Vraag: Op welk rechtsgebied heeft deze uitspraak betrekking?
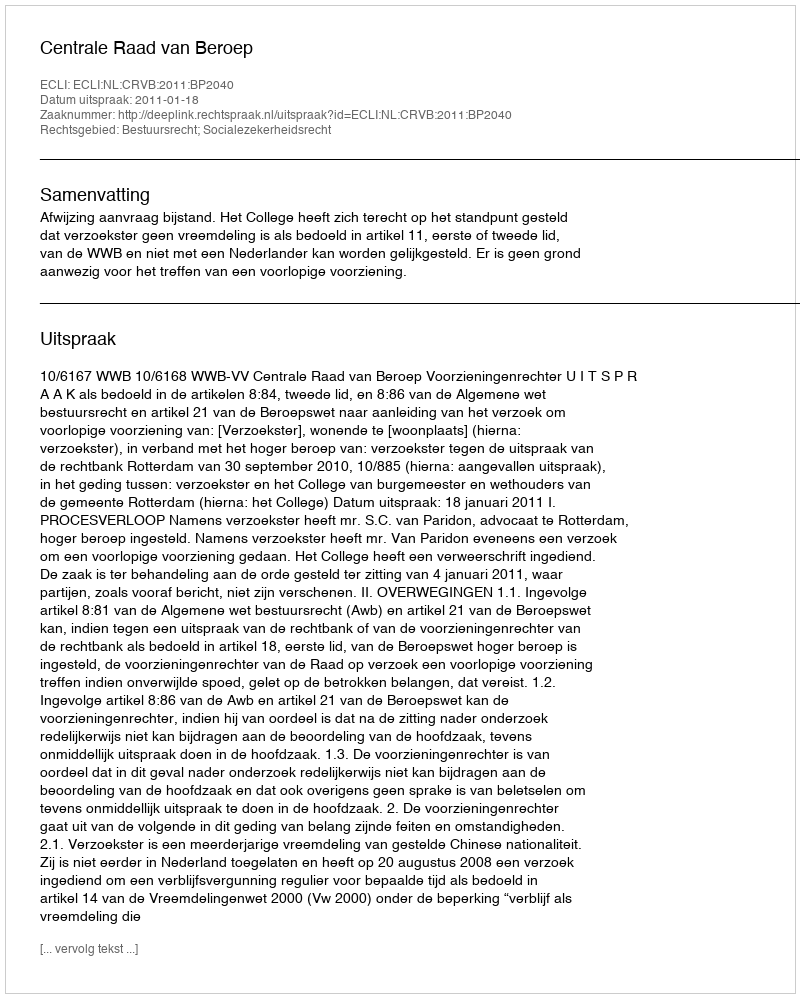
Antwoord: Bestuursrecht; Socialezekerheidsrecht